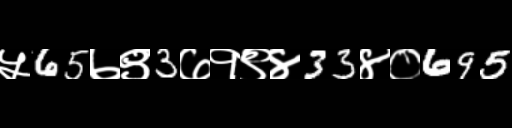
Text: ५65७९3७१९४33४०695